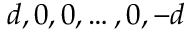
d , 0 , 0 , \dots , 0 , - d